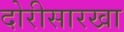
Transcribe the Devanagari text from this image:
दोरीसारखा